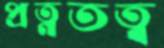
প্রত্নতত্ব